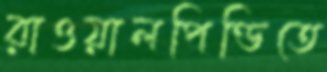
রাওয়ালপিণ্ডিতে